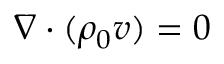
\nabla \boldsymbol { \cdot } ( \rho _ { 0 } \boldsymbol { v } ) = 0